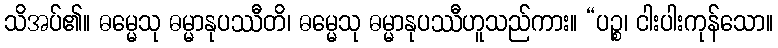
သိအပ်၏။ ဓမ္မေသု ဓမ္မာနုပဿီတိ၊ ဓမ္မေသု ဓမ္မာနုပဿီဟူသည်ကား။ “ပဉ္စ၊ ငါးပါးကုန်သော။